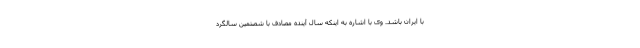
با ایران باشد. وی با اشاره به اینکه سال آینده مصادف با شصتمین سالگرد